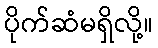
ပိုက်ဆံမရှိလို့။